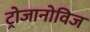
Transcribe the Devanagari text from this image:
ट्रोजानोविज